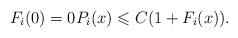
LaTeX: \begin{align*}F_i(0)=0 P_i(x) \leqslant C(1+F_i(x)).\end{align*}